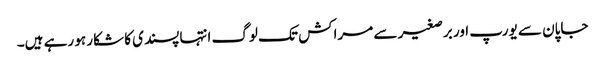
جاپان سے یورپ اور برصغیر سے مراکش تک لوگ انتہا پسندی کا شکار ہو رہے ہیں۔